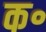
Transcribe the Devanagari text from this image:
क॰